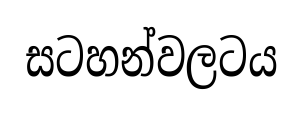
සටහන්වලටය